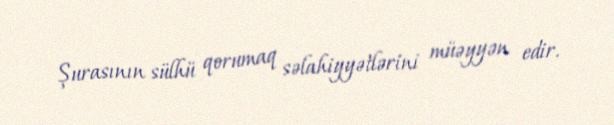
Şurasının sülhü qorumaq səlahiyyətlərini müəyyən edir.